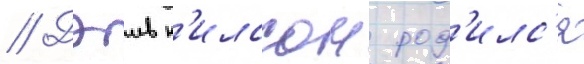
// Дэив н'илссон род'илс'я